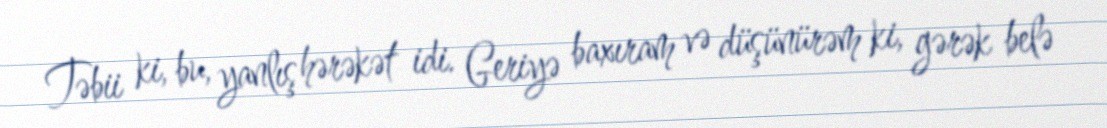
Təbii ki, bu, yanlış hərəkət idi. Geriyə baxıram və düşünürəm ki, gərək belə